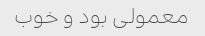
معمولی بود و خوب